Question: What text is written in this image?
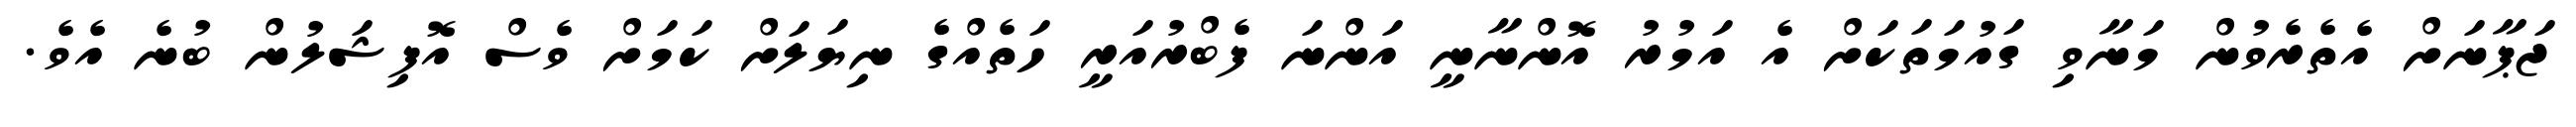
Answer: ޖަޕާނަށް އެތެރެވުން މަނާވި ގައުމަތަކަށް އެ އަމުރު އޮންނާނީ އަންނަ ފެބްރުއަރީ ހަތެއްގެ ނިޔަލަށް ކަމަށް ވެސް އޮފިޝަލުން ބުނެ އެވެ.